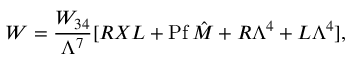
W = { \frac { W _ { 3 4 } } { \Lambda ^ { 7 } } } [ R X L + \mathrm { P f \, } \hat { M } + R \Lambda ^ { 4 } + L \Lambda ^ { 4 } ] ,